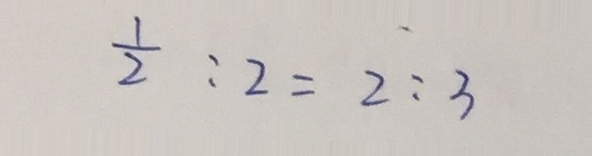
\frac { 1 } { 2 } : 2 = 2 : 3